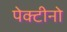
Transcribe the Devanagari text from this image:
पेक्टीनो